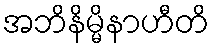
အဘိနိမ္မိနာဟီတိ